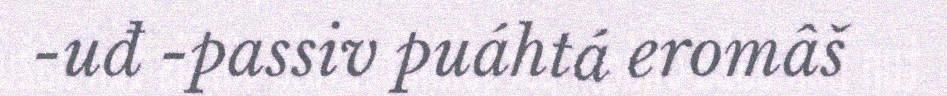
-uđ -passiv puáhtá eromâš